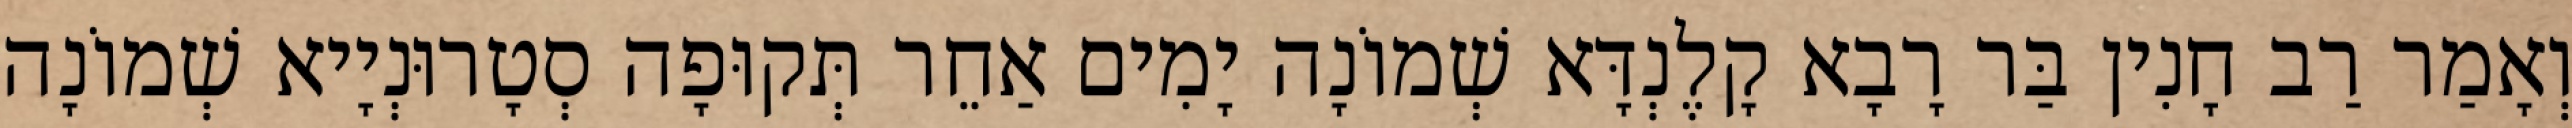
וְאָמַר רַב חָנִין בַּר רָבָא קָלֶנְדָּא שְׁמוֹנָה יָמִים אַחֵר תְּקוּפָה סְטָרוּנְיָיא שְׁמוֹנָה